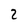
Character: 2